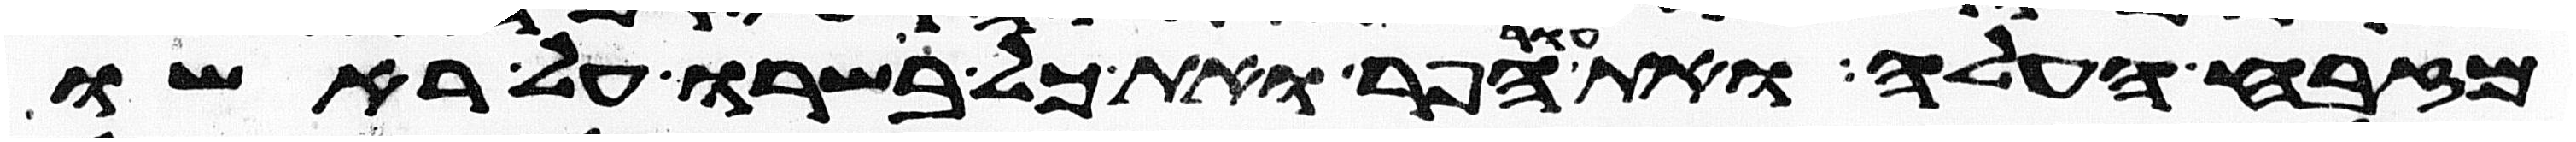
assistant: מזבח העלה ואת עור הפר ואת כל בשרו על ראשו